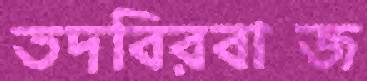
তদবিরবাজ